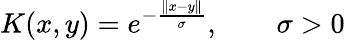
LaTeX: K(x,y)=e^{-{\frac{\| x-y\| }{\sigma}}},\qquad\sigma>0